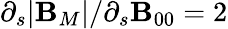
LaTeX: \partial_{s}|\mathbf{B}_{M}|/\partial_{s}\mathbf{B}_{00}=2